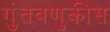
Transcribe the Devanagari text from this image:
गुंतवणुकीस